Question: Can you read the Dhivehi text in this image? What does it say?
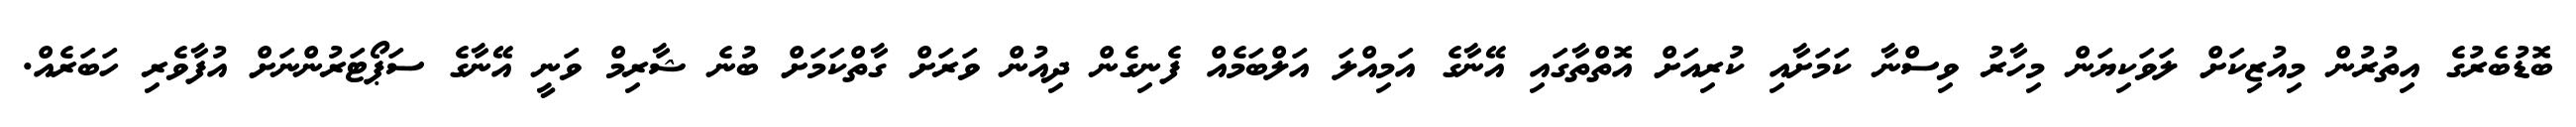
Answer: ބޮޑުބެރުގެ އިތުރުން މިއުޒިކަށް ލަވަކިޔަން މިހާރު ވިސްނާ ކަމަށާއި ކުރިއަށް އޮތްތާގައި އޭނާގެ އަމިއްލަ އަލްބަމެއް ފެނިގެން ދިއުން ވަރަށް ގާތްކަމަށް ބުނެ ޝާރިމް ވަނީ އޭނާގެ ސަޕޯޓަރުންނަށް އުފާވެރި ހަބަރެއް.